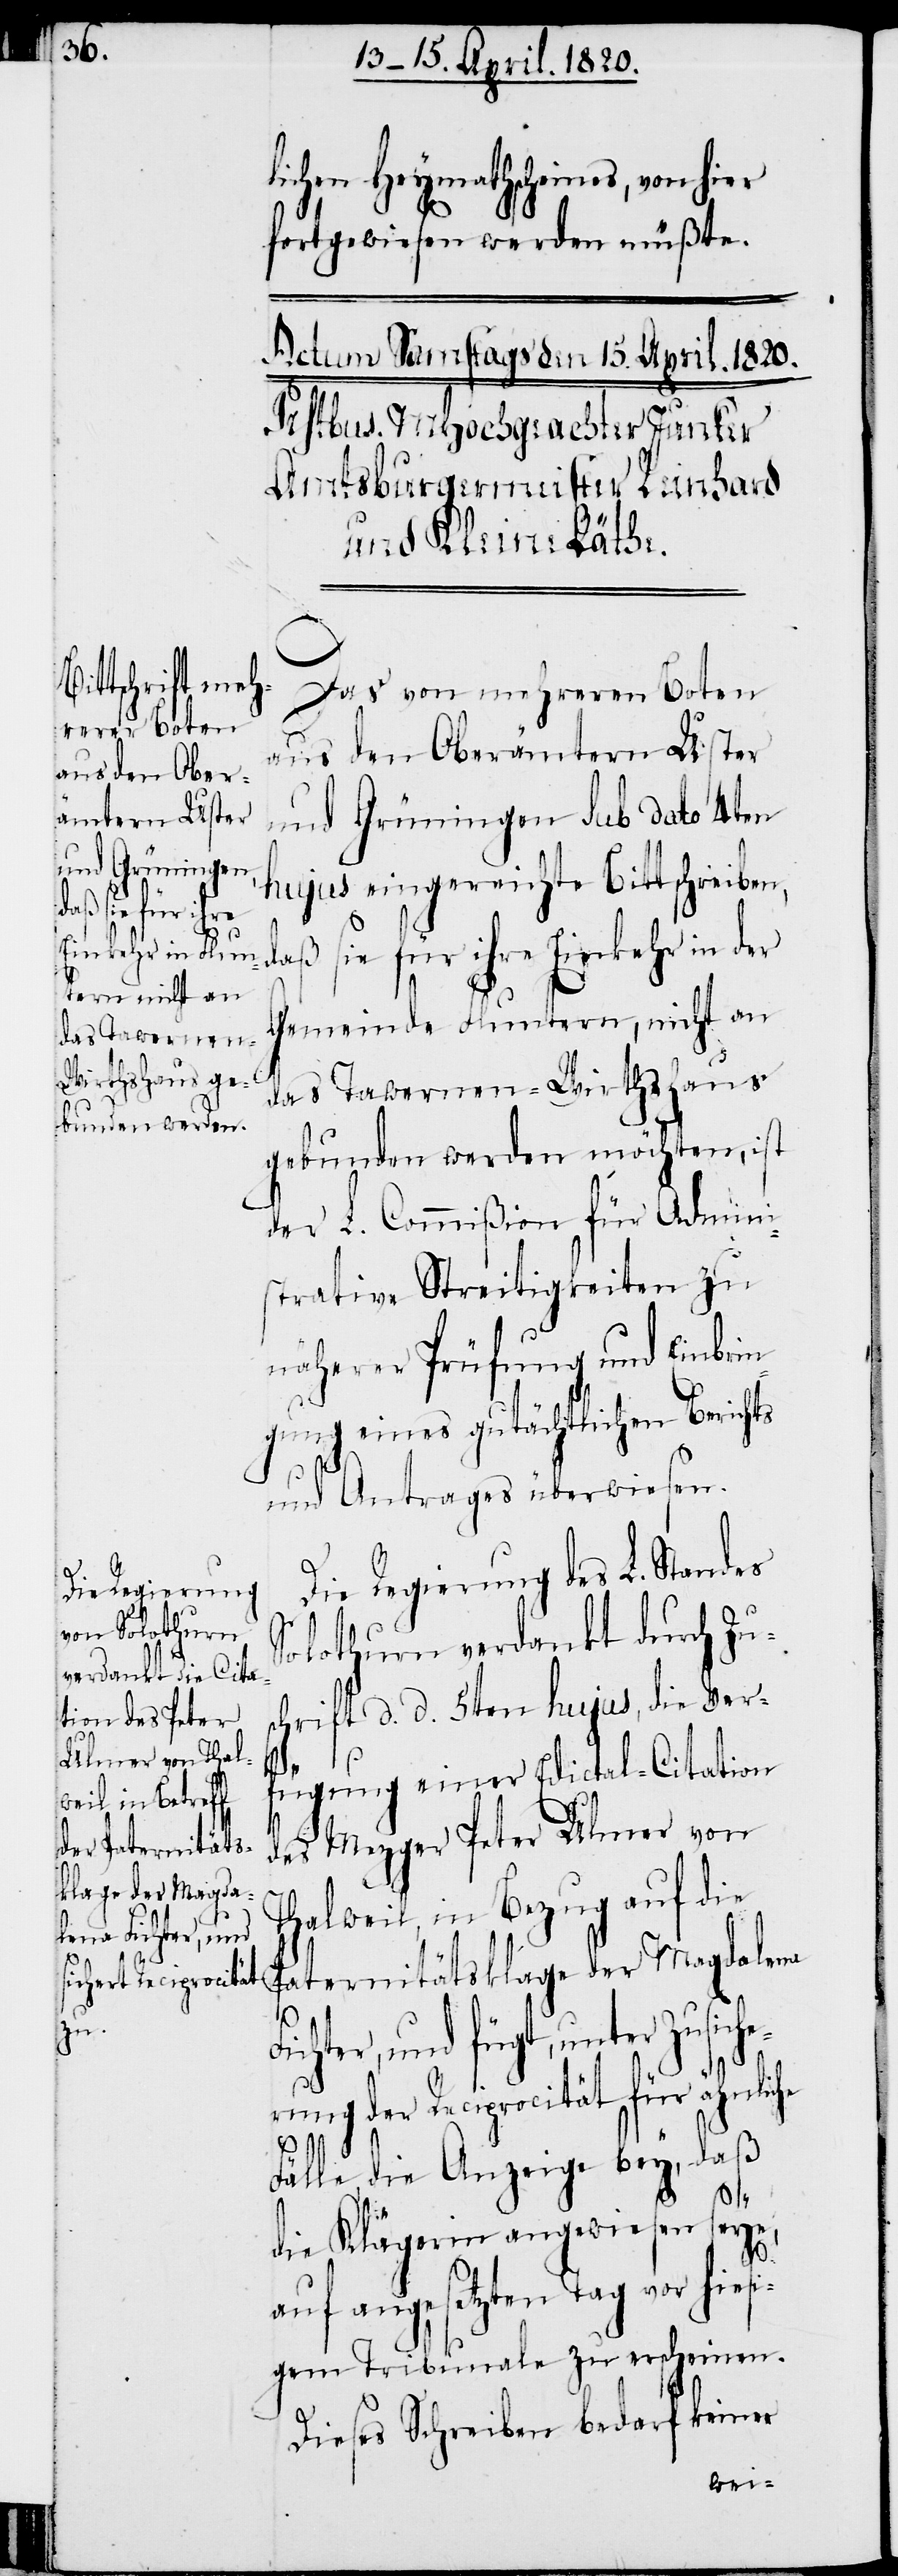
lichen Heymathscheines, von hier
fortgewiesen werden müßten.
Das von mehreren Boten
aus den Oberämtern Uster
und Grüningen Sub dato 4ten
hujus eingereichte Bittschreiben,
Einkehr in
Gemeinde Fluntern, nicht an
das Tavernen-Wirthshaus
gebunden werden möchten, ist
der L. Commißion für Admini¬
strative Streitigkeiten zu
näherer Prüfung und Einbrin¬
gung eines gutächtlichen Berichts
und Antrages zu überweisen.
Die Regierung des L. Standes
Solothurn verdankt durch Zu¬
schrift d. d. 5ten hujus, die Ver¬
der
fügung einer Edictal-Citation
des Mezger Peter Ulmer von
halweil, in Bezug auf die
T¬
Paternitätsklage der Magdalena
Lichter, und fügt, unter Zusiche¬
rung der Reciprocität für ähnliche
Fälle die Anzeige bey, daß
ihre
die Klägerin angewiesen seye,
daß
auf angesetzten Tag vor hiesi¬
gen Tribunale zu erscheinen.
Dieses Schreiben bedarf keiner